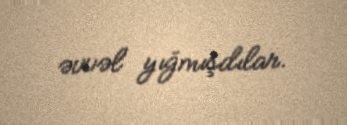
əvvəl yığmışdılar.